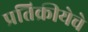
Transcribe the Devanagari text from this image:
प्रतिक्रीयेचे